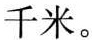
千米。